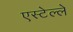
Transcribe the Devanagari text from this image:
एस्टेल्ले